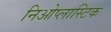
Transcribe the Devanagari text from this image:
निओप्लास्टिक